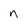
Character: n